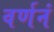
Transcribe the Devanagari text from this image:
वर्णनं